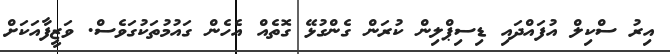
އިރު ސްކިލް އުފައްދައި ޑިސިޕްލިން ކުރަން ގެންގުޅޭ ގޮތެއް އެހެން ގައުމުތަކުގަވެސް. ވަޒީފާއަކަށް